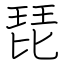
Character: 琵